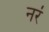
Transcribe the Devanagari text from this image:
नरं